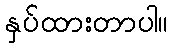
နှပ်ထားတာပါ။